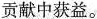
贡献中获益。